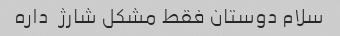
سلام دوستان فقط مشکل شارژ  داره